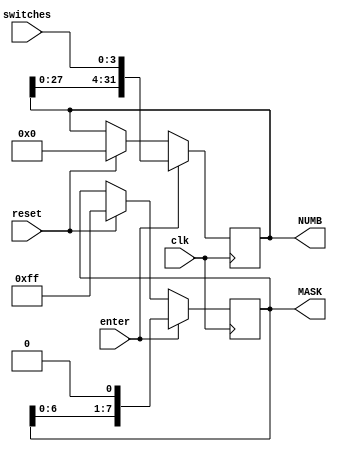
`timescale 1ns / 1ps

module shift_reg(
        input clk,
        input reset,
        input enter,
        input [3:0] switches,
        output reg [7:0] MASK,
        output reg [31:0] NUMB
    );
    
    initial begin
        NUMB <= 0;
        MASK <= 8'b11111111;
    end

    always@(posedge clk) begin
        if (enter) begin
            NUMB <= {NUMB[27:0], switches};
            MASK <= MASK << 1;
        end
        else if (reset) begin
            NUMB <= 0;
            MASK <= 8'b11111111;
        end
        else begin
            NUMB <= NUMB;
        end
    end
endmodule